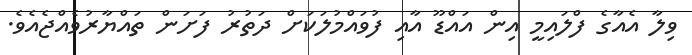
ވިލާ އެއާގެ ފްލައިމީ އިން އައްޑޫ އާއި ފުވައްމުލަކަށް ދަތުރު ފަށަން ތައްޔާރުވެއްޖެއެވެ.